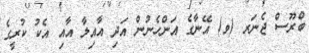
ބްރޫސް ޖެނަރ (ވ) އޭނާގެ އަންހެނުން އަދި އާއިލާ އާއި އެކު ކުރީގެ